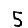
Digit: 5